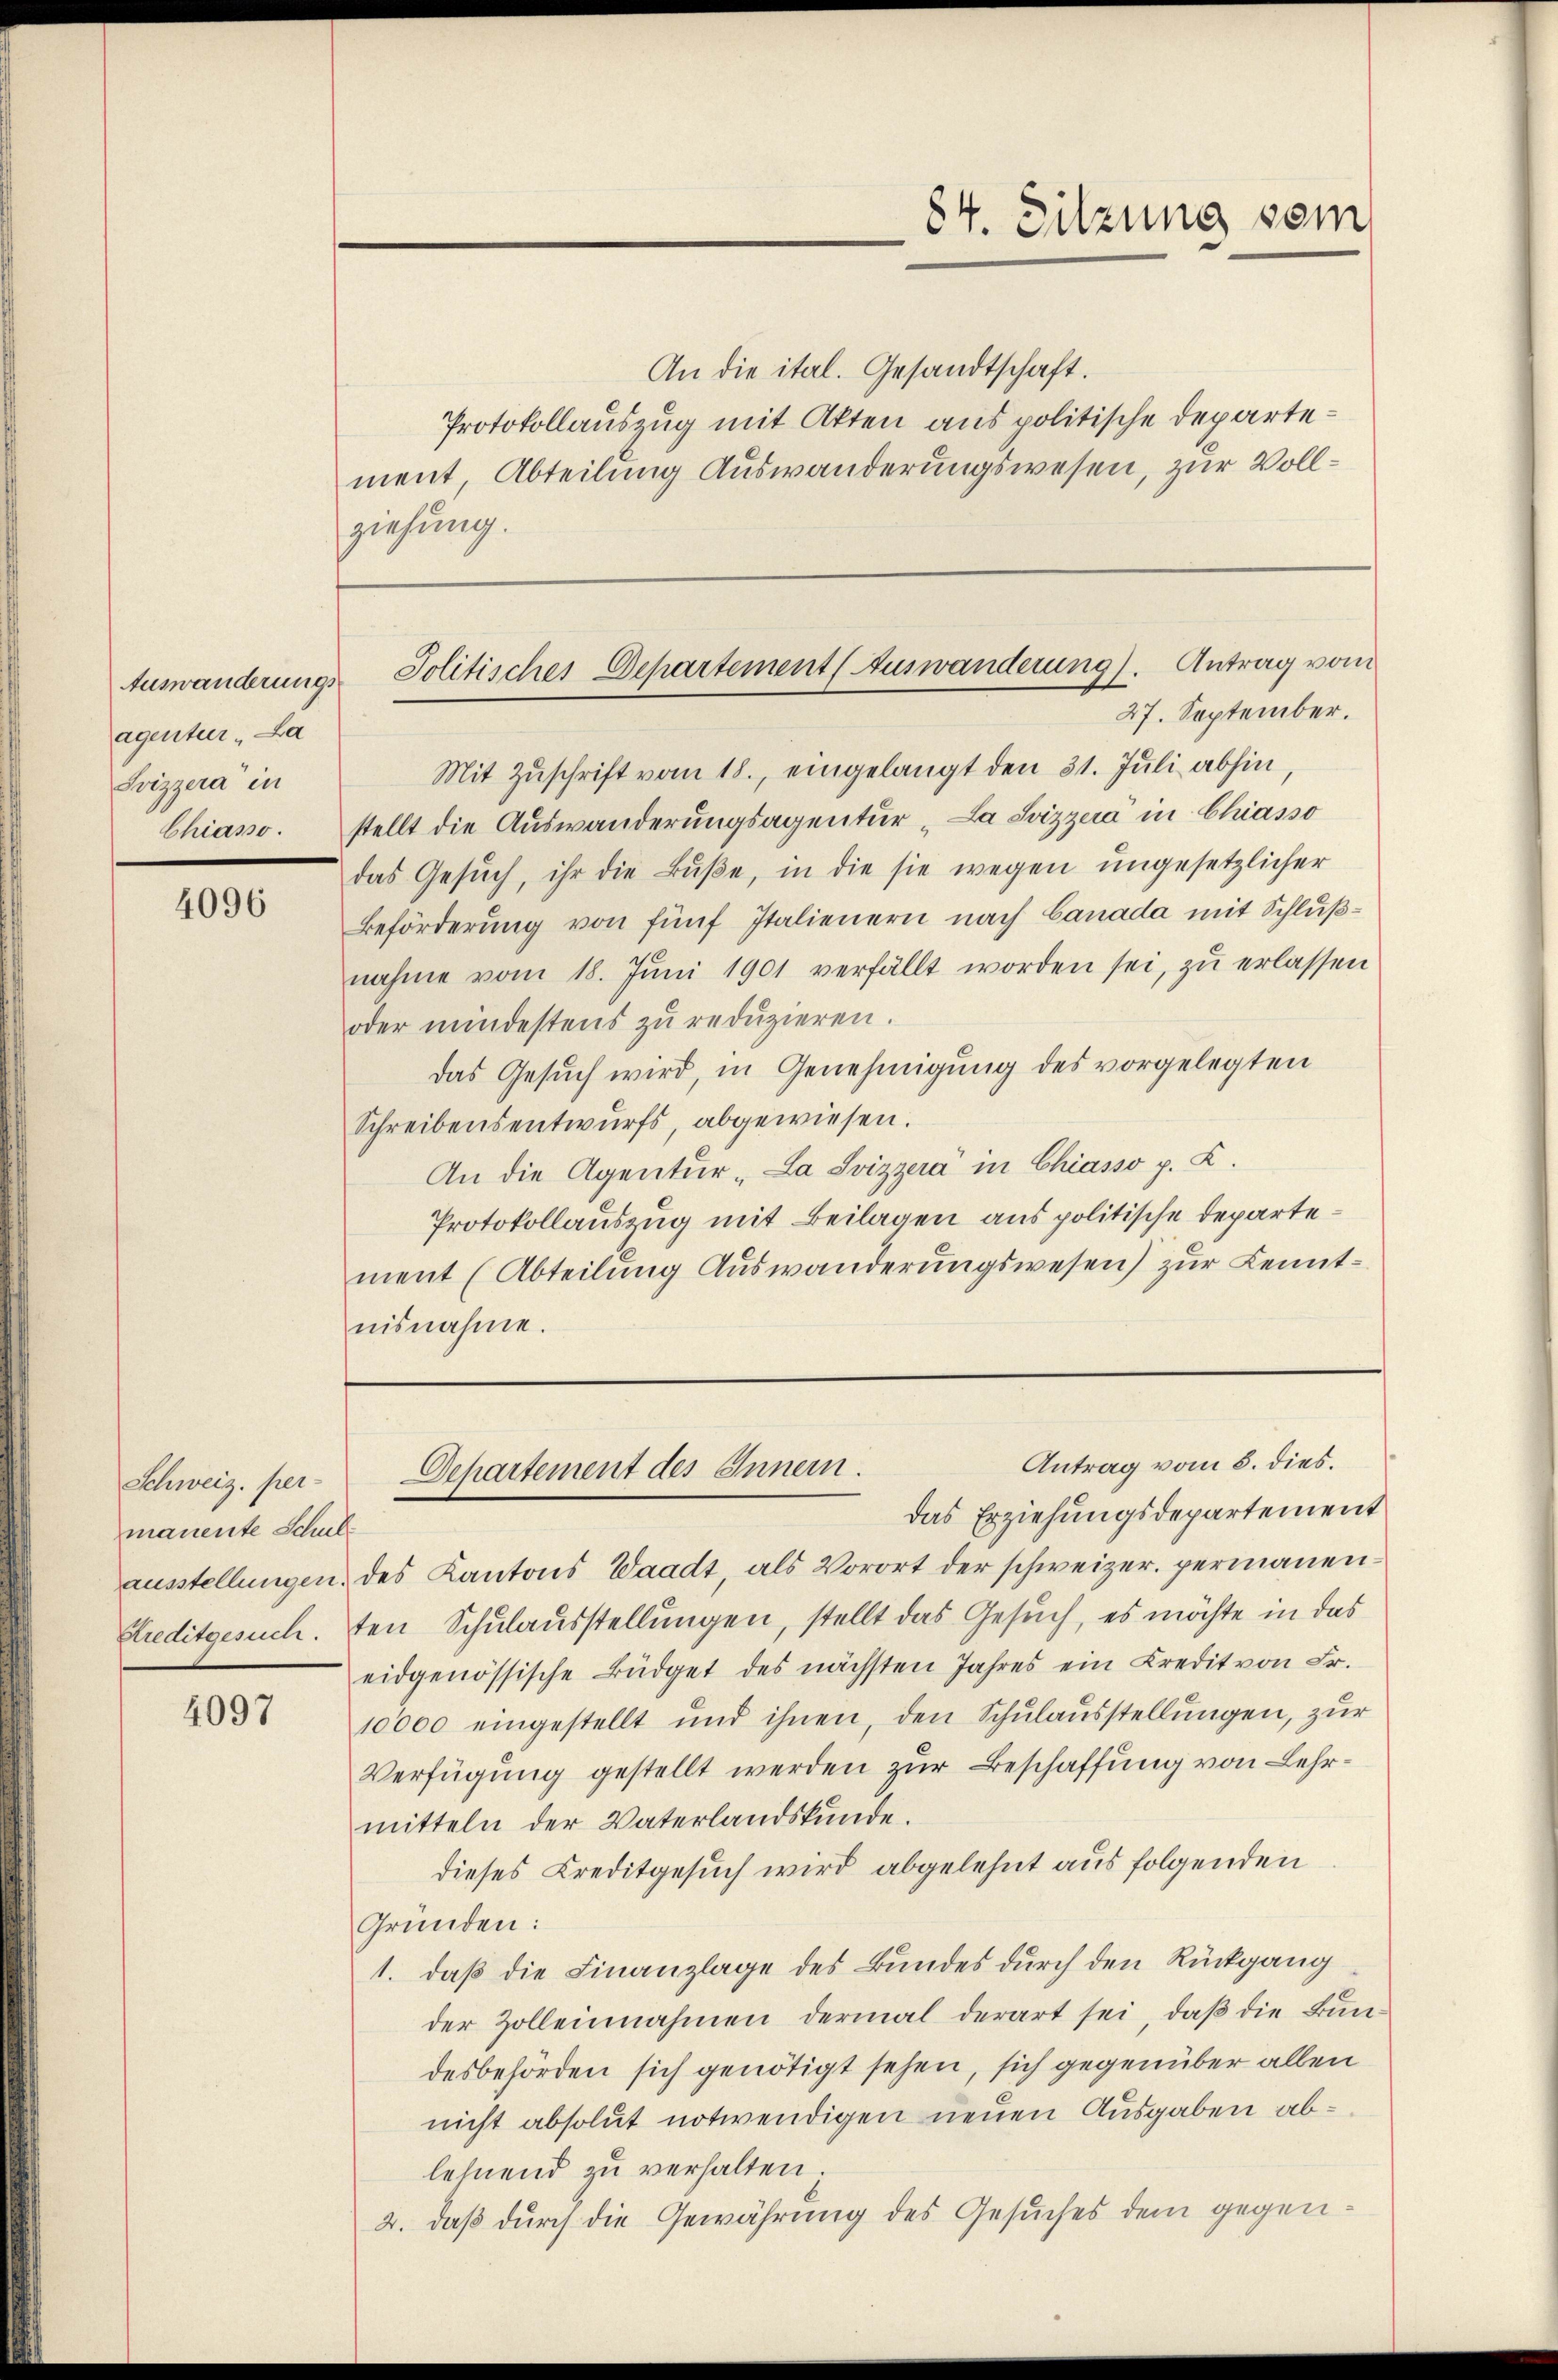
Auswanderungs
agentur. La
Svizzera“ in
Chiasso.

4096

Schweiz. per-
manente Schul
ausstellungen.

4097

An die ital. Gesandtschaft.
Protokollauszug mit Akten aus politische Departement, Abteilung Auswanderungswesen, zur Vollziehung.

84. Sitzung sein

Mit Zŭschrift vom 18., eingelangt den 31. Jŭli abhin,
stellt die Auswanderungsagentur "La Svizzera in Chiasso
das Gesuch, ihr die Buße, in die sie wegen ungesetzlicher
Beförderung von fünf Italienern nach Canada mit Schlußnahme vom 18. Jŭni 1901 verfällt worden sei, zu erlassen
oder mindestens zŭ redŭzieren.
Das Gesuch wird, in Genehmigung des vorgelegten
Schreibensentwurfs, abgewiesen.
An die Agentur -La Svizzera in Chiasso p. K.
Protokollauszug mit Beilagen aus politische Departement (Abteilung Auswanderungswesen) zur Kenntnisnahme.

Solitisches Departement (Auswanderung). Antrag vom
27. September.

des Kantons Waadt als Vorort der schweizer. permanen¬
Kreditgesuch. ten Schulausstellungen, stellt das Gesuch, es möchte in das
eidgenössische Büdget des nächsten Jahres ein Kredit von Fr.
10000 eingestellt und ihnen, den Schulausstellungen, zur
Verfügung gestellt werden zur Beschaffung von Lehrmitteln der Vaterlandskunde.
dieses Kreditgesuch wird abgelehnt aus folgenden
Gründen:
1. daß die Finanzlage des Bundes durch den Rückgang
der Zolleinnahmen dermal derart sei, daß die Bundesbehörden sich genötigt sehen, sich gegenüber allen
nicht absolut notwendigen neuen Ausgaben ablehnend zu verhalten
2. daß durch die Gewährung des Gesuches dem gegen¬

Antrag vom 5. dies.
Departement des Innern.
das Erziehungsdepartement